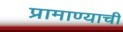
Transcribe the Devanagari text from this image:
प्रामाण्याची